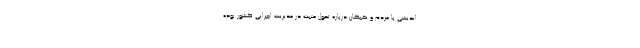
اندیشی با مردم و نخبگان درباره تحول مثبت در مدیریت اجرایی کشور بوده